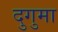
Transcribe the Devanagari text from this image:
दुगुमा